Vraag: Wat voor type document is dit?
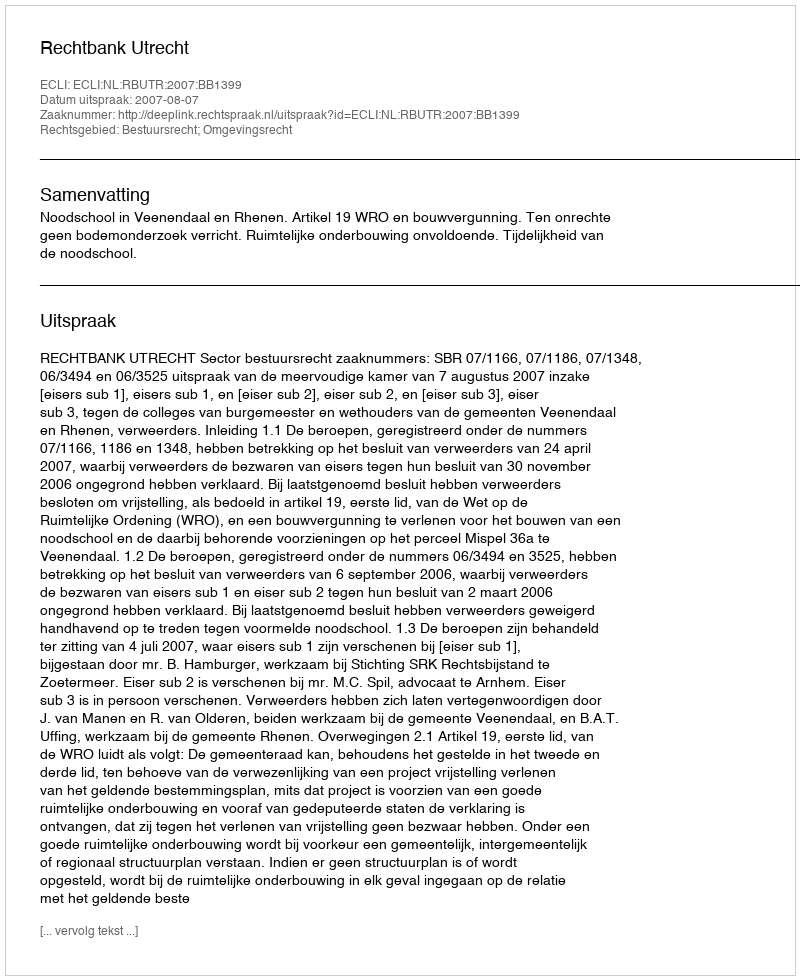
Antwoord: Uitspraak